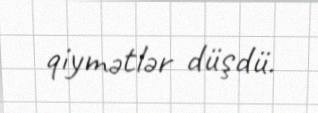
qiymətlər düşdü.